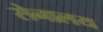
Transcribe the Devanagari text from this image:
सेनालय